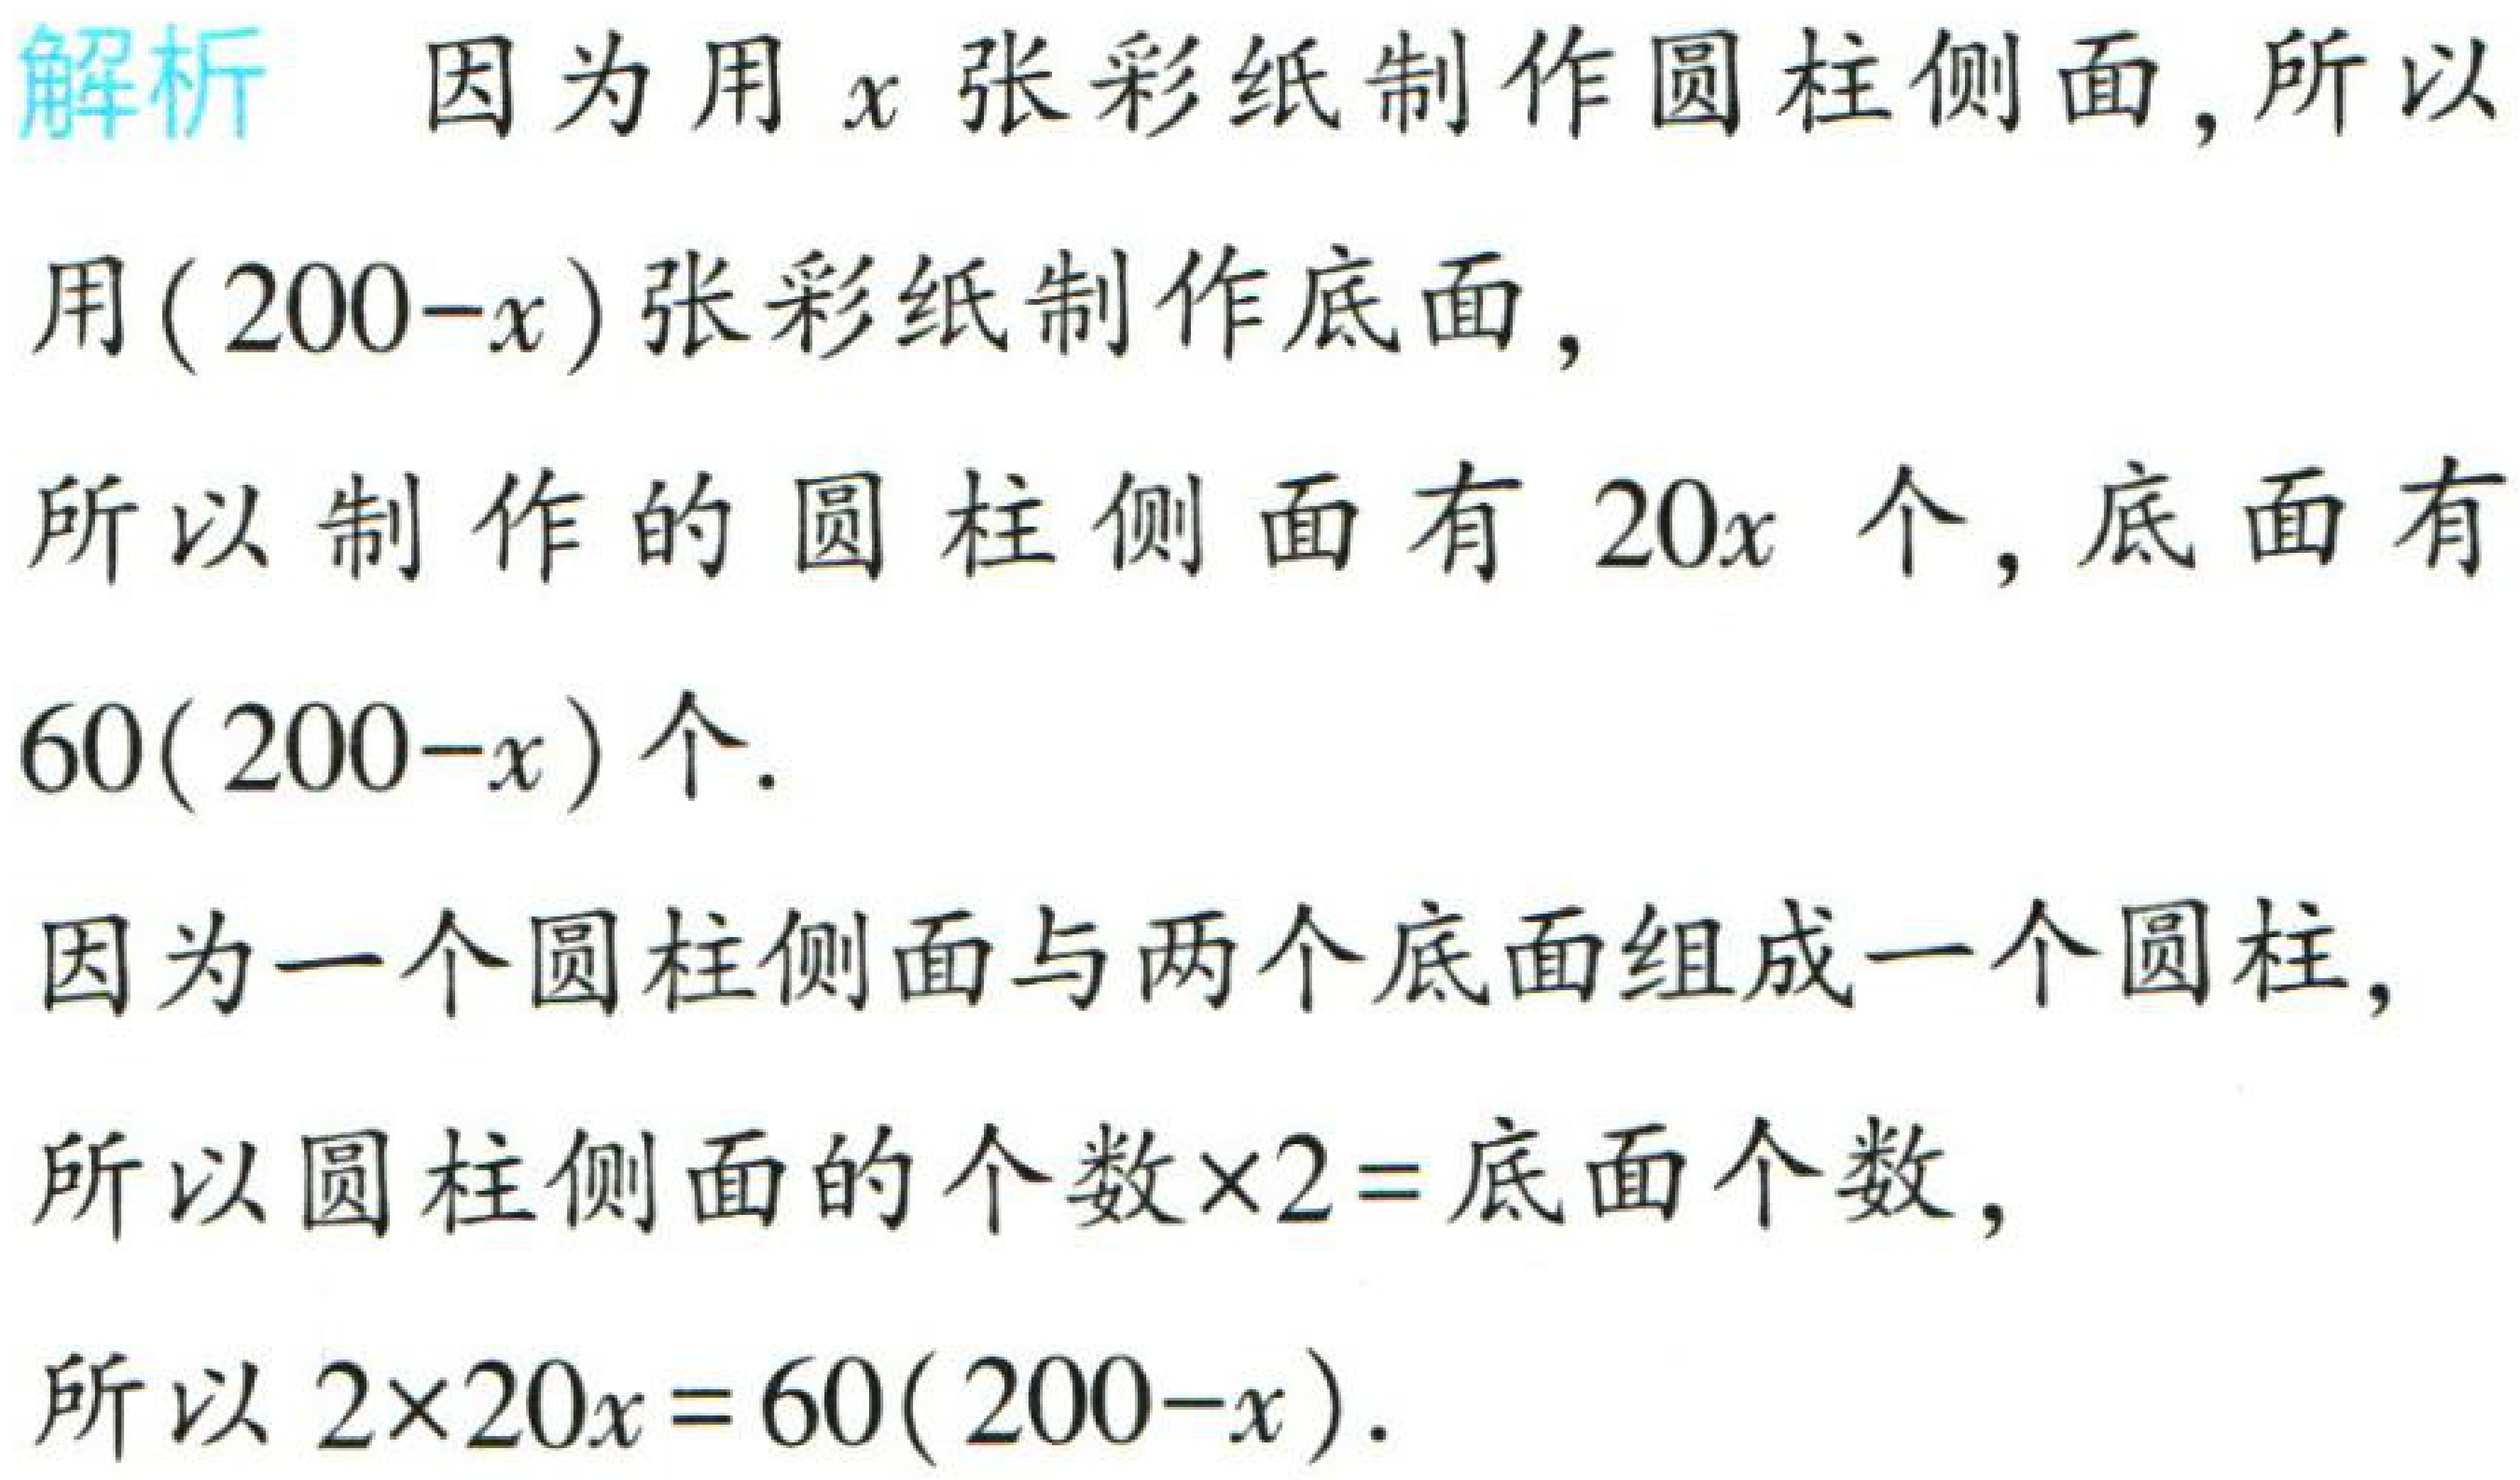
解析 因为用\(x\)张彩纸制作圆柱侧面,所以

用\((200 - x)\)张彩纸制作底面,

所以制作的圆柱侧面有\(20x\)个, 底面有

\(60(200 - x)\)个.

因为一个圆柱侧面与两个底面组成一个圆柱,

所以圆柱侧面的个数\(\times2 =\)底面个数,

所以\(2\times20x = 60(200 - x)\).